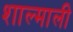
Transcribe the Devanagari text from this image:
शाल्माली